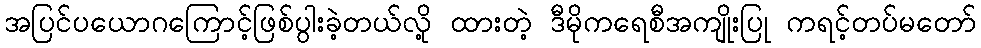
အပြင်ပယောဂကြောင့်ဖြစ်ပွါးခဲ့တယ်လို့ ထားတဲ့ ဒီမိုကရေစီအကျိုးပြု ကရင့်တပ်မတော်